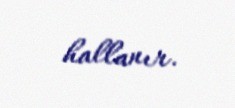
hallanır.